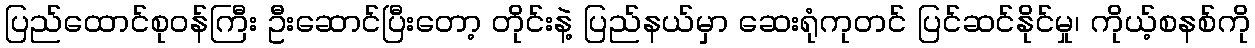
ပြည်ထောင်စုဝန်ကြီး ဦးဆောင်ပြီးတော့ တိုင်းနဲ့ ပြည်နယ်မှာ ဆေးရုံကုတင် ပြင်ဆင်နိုင်မှု၊ ကိုယ့်စနစ်ကို